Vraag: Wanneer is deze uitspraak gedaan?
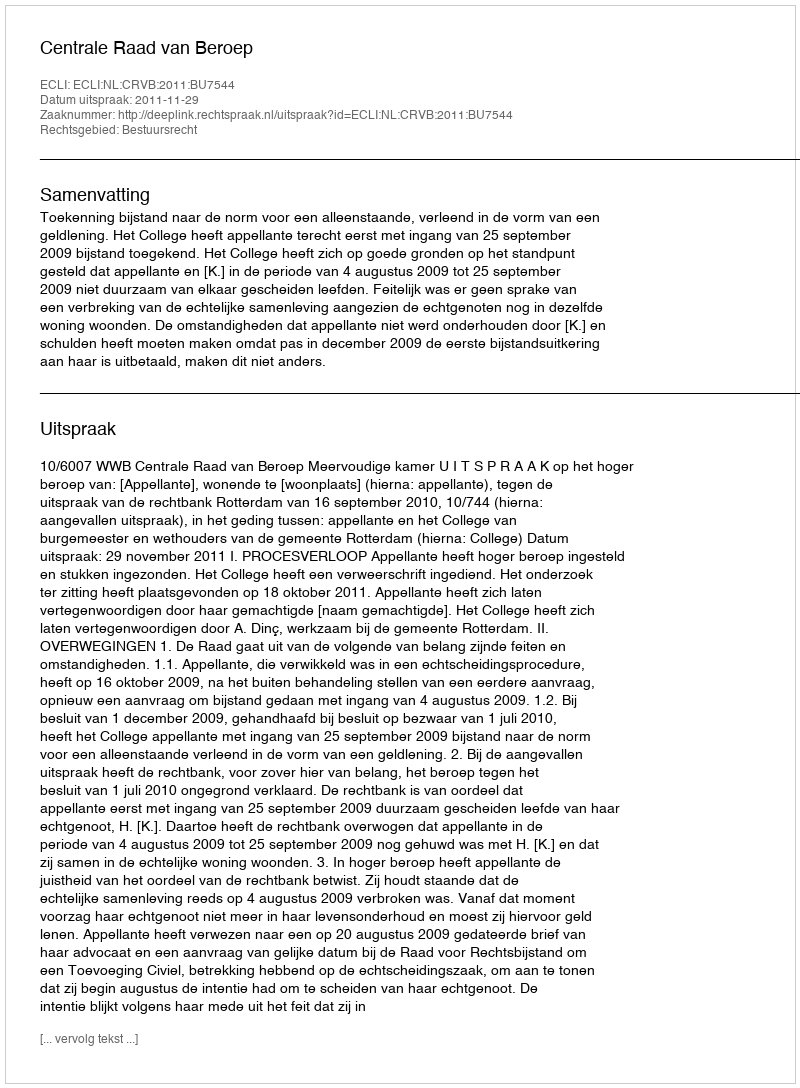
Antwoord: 2011-11-29